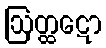
ဩတ္ထဋော